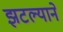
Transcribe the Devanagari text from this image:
झटल्याने